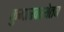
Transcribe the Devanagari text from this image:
कुमारवस्थेतच